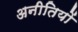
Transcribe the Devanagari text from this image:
अनीतियों